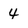
Character: 4